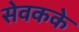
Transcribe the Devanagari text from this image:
सेवकके